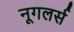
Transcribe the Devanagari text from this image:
नूगलर्स